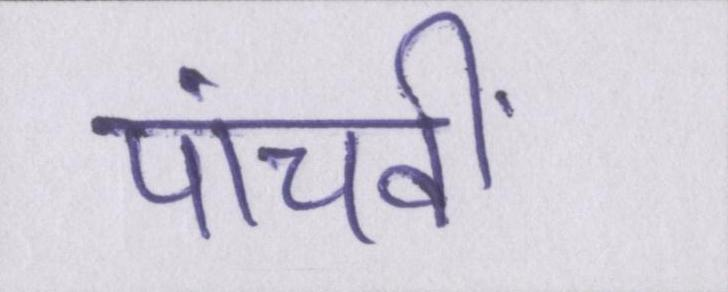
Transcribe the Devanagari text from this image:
पांचवीं